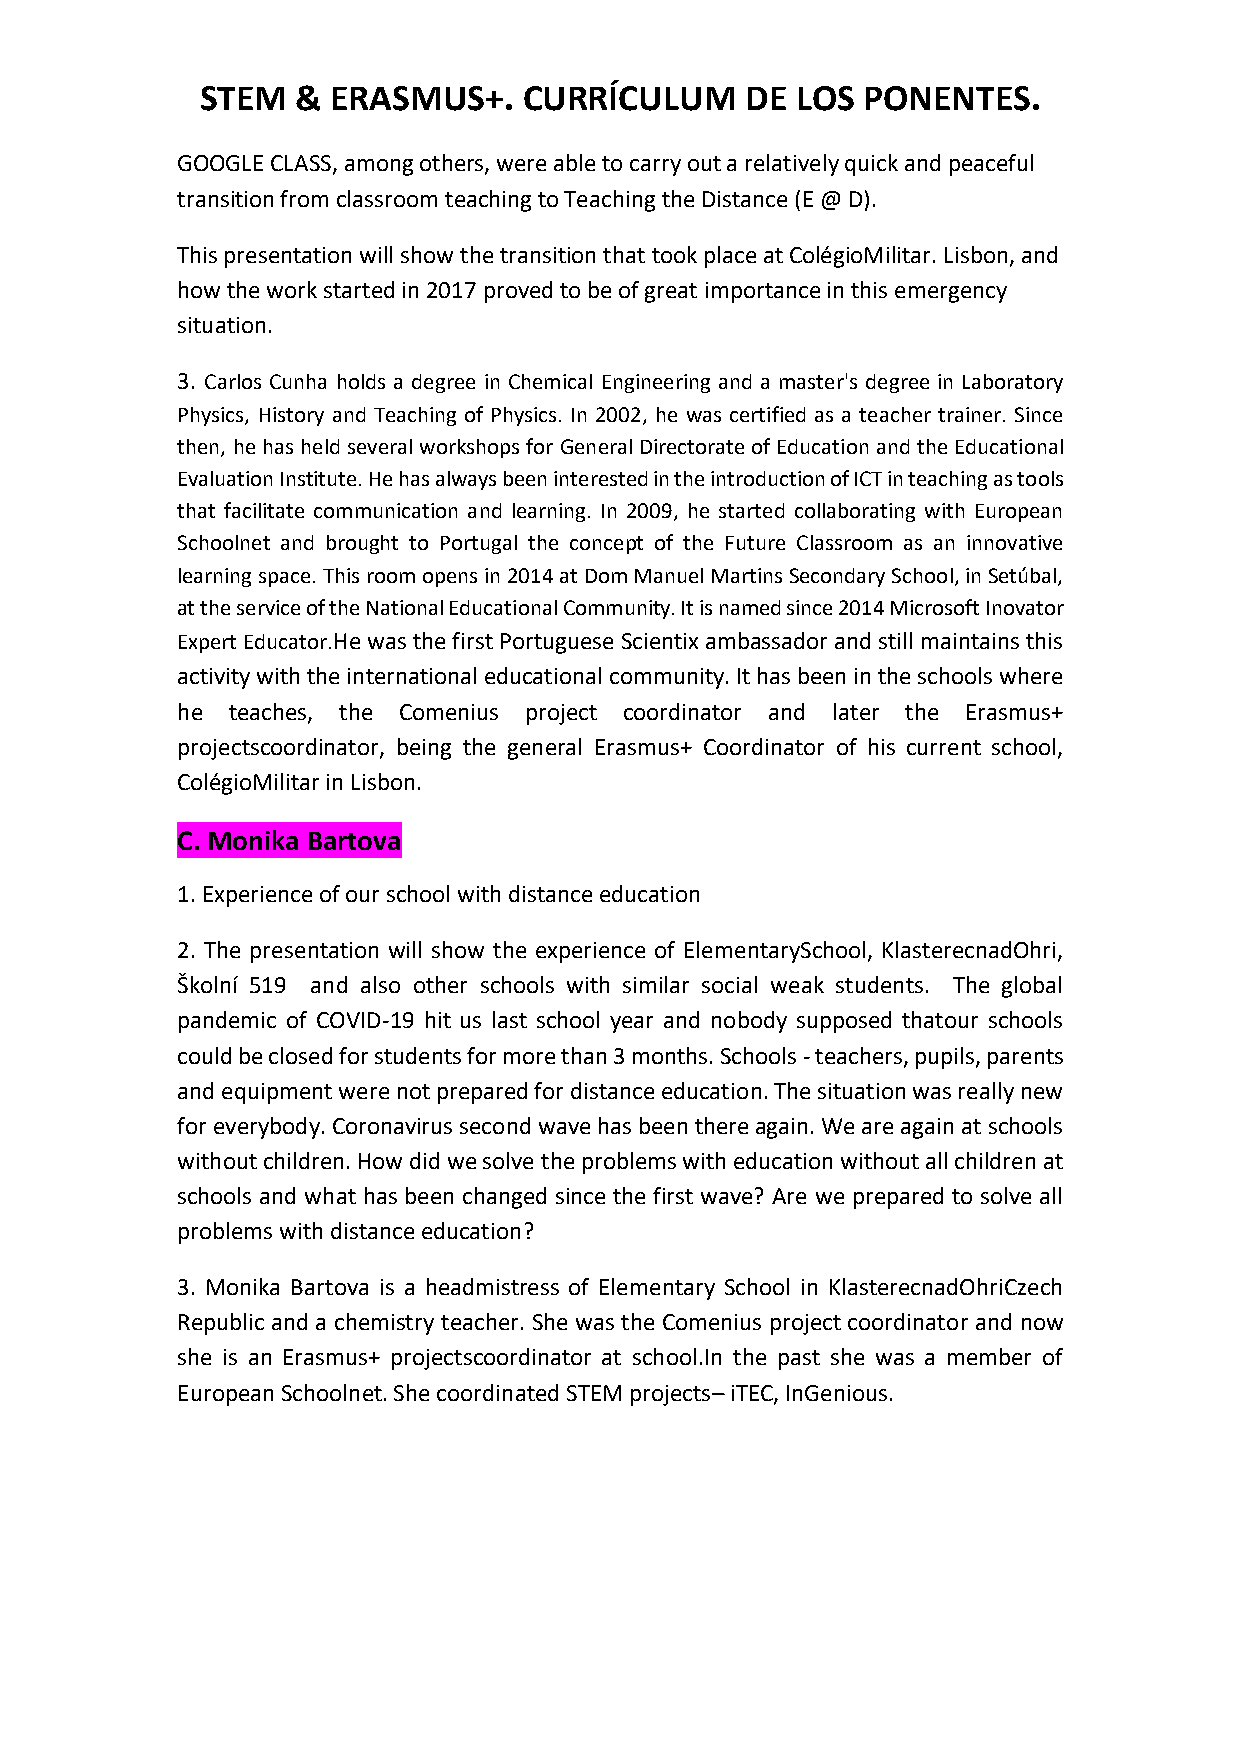
STEM   & ERASMUS+.    CURRÍCULUM    DE  LOS PONENTES.
 GOOGLE CLASS, among others, were able to carry out a relatively quick and peaceful
 transition from classroom teaching to Teaching the Distance (E @ D).
 This presentation will show the transition that took place at ColégioMilitar. Lisbon, and
 how the work started in 2017 proved to be of great importance in this emergency
 situation.
 3. Carlos Cunha holds a degree in Chemical Engineering and a master's degree in Laboratory
 Physics, History and Teaching of Physics. In 2002, he was certified as a teacher trainer. Since
 then, he has held several workshops for General Directorate of Education and the Educational
 Evaluation Institute. He has always been interested in the introduction of ICT in teaching as tools
 that facilitate communication and learning. In 2009, he started collaborating with European
 Schoolnet and brought to Portugal the concept of the Future Classroom as an innovative
 learning space. This room opens in 2014 at Dom Manuel Martins Secondary School, in Setúbal,
 at the service of the National Educational Community. It is named since 2014 Microsoft Inovator
 Expert Educator.He was the first Portuguese Scientix ambassador and still maintains this
 activity with the international educational community. It has been in the schools where
 he teaches, the Comenius project coordinator and later the Erasmus+
 projectscoordinator, being the general Erasmus+ Coordinator of his current school,
 ColégioMilitar in Lisbon.
 C. Monika Bartova
 1. Experience of our school with distance education
 2. The presentation will show the experience of ElementarySchool, KlasterecnadOhri,
 Školní 519 and also other schools with similar social weak students. The global
 pandemic of COVID-19 hit us last school year and nobody supposed thatour schools
 could be closed for students for more than 3 months. Schools - teachers, pupils, parents
 and equipment were not prepared for distance education. The situation was really new
 for everybody. Coronavirus second wave has been there again. We are again at schools
 without children. How did we solve the problems with education without all children at
 schools and what has been changed since the first wave? Are we prepared to solve all
 problems with distance education?
 3. Monika Bartova is a headmistress of Elementary School in KlasterecnadOhriCzech
 Republic and a chemistry teacher. She was the Comenius project coordinator and now
 she is an Erasmus+ projectscoordinator at school.In the past she was a member of
 European Schoolnet. She coordinated STEM projects– iTEC, InGenious.